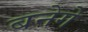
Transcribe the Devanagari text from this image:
बनेगे